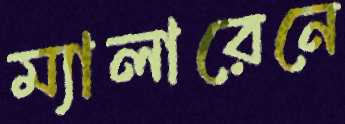
ম্যালারেনে